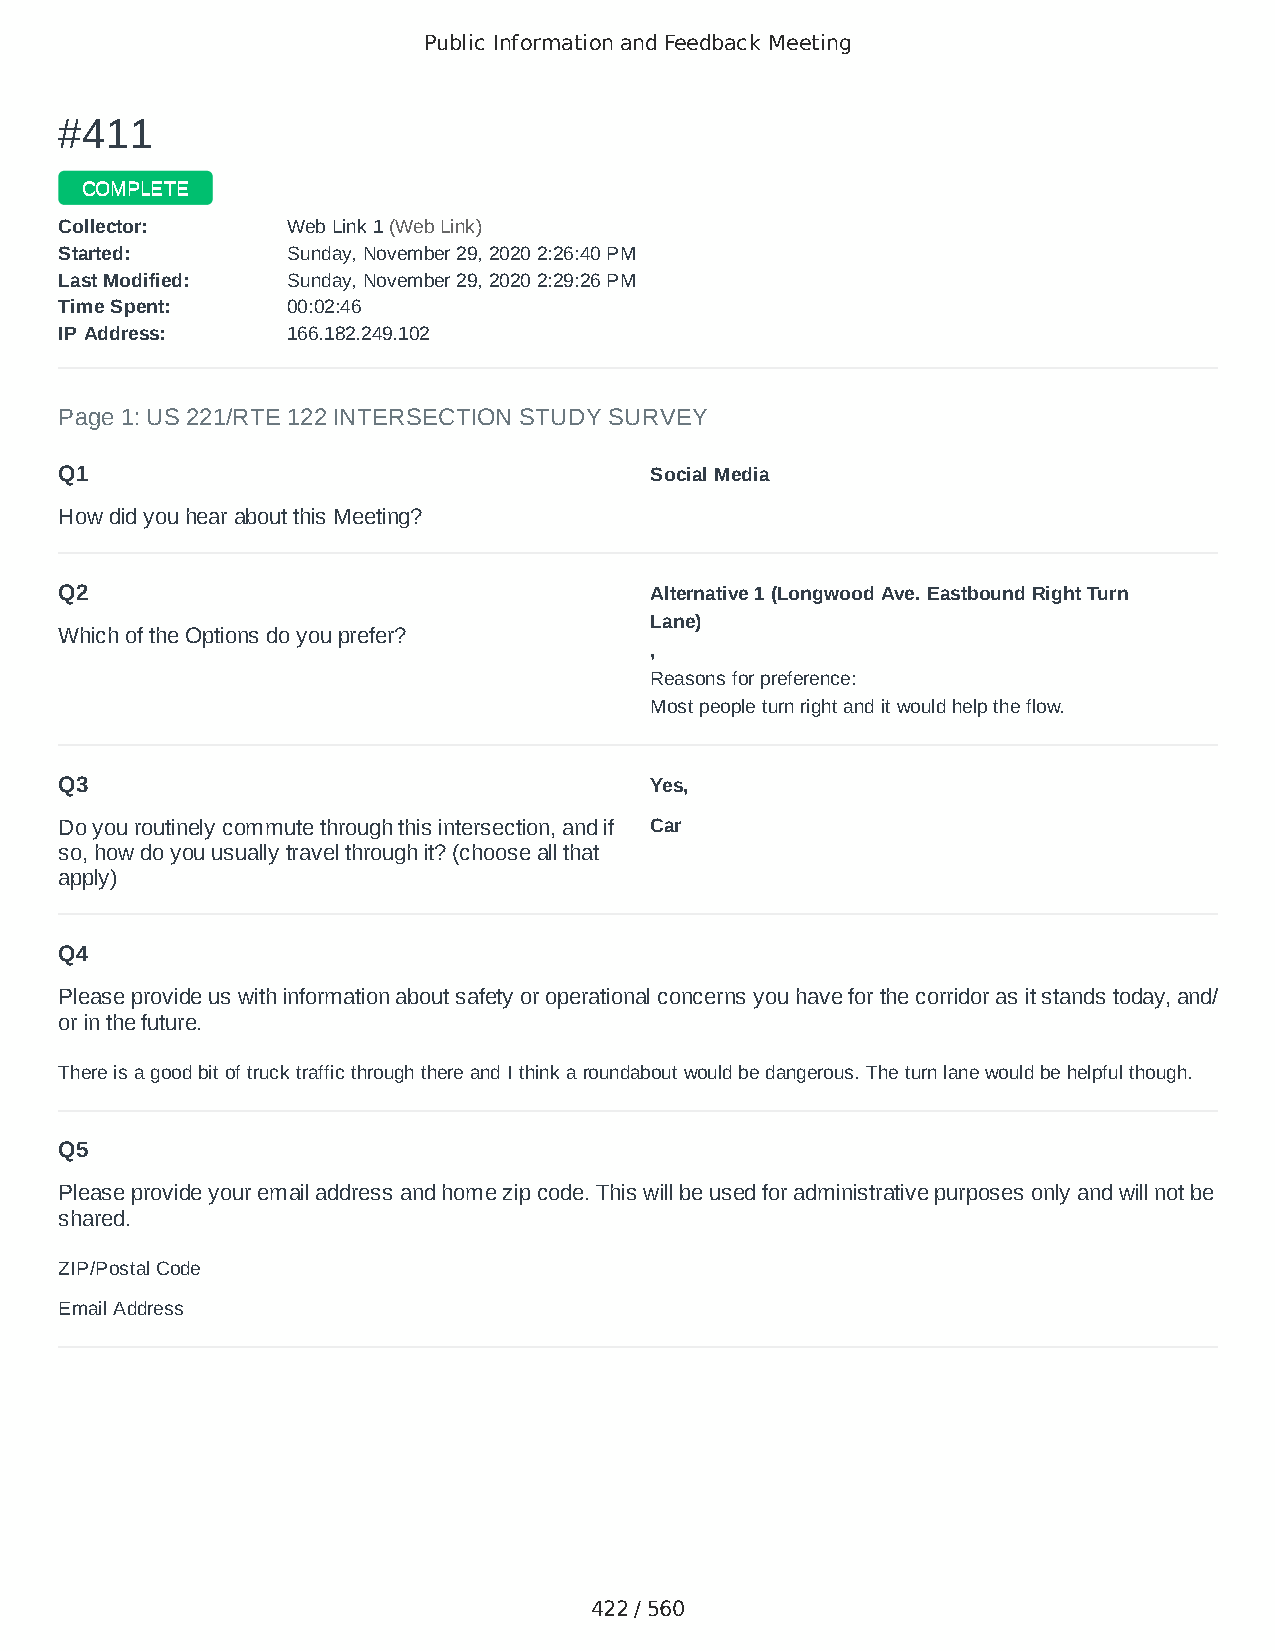
Public Information and Feedback Meeting
 ##441111
 CCOOMMPPLLEETTEE
 CCoolllleeccttoorr:: WWeebb LLiinnkk 11 ((WWeebb LLiinnkk))
 SSttaarrtteedd:: SSuunnddaayy,, NNoovveemmbbeerr 2299,, 22002200 22::2266::4400 PPMM
 LLaasstt MMooddiiffiieedd:: SSuunnddaayy,, NNoovveemmbbeerr 2299,, 22002200 22::2299::2266 PPMM
 TTiimmee SSppeenntt:: 0000::0022::4466
 IIPP AAddddrreessss:: 116666..118822..224499..110022
 Page 1: US 221/RTE 122 INTERSECTION STUDY SURVEY
 Q1                                     Social Media
 How did you hear about this Meeting?
 Q2                                     Alternative 1 (Longwood Ave. Eastbound Right Turn
 Lane)
 Which of the Options do you prefer?
 ,
 Reasons for preference:
 Most people turn right and it would help the flow.
 Q3                                     Yes,
 Do you routinely commute through this intersection, and if Car
 so, how do you usually travel through it? (choose all that
 apply)
 Q4
 Please provide us with information about safety or operational concerns you have for the corridor as it stands today, and/
 or in the future.
 There is a good bit of truck traffic through there and I think a roundabout would be dangerous. The turn lane would be helpful though.
 Q5
 Please provide your email address and home zip code. This will be used for administrative purposes only and will not be
 shared.
 ZIP/Postal Code                        24523
 Email Address                          jesse.hines@enmu.edu
 422 / 560